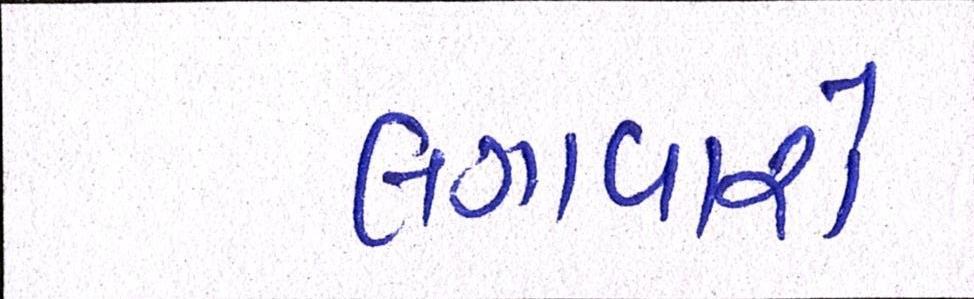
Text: લગાવાશે